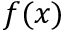
f ( x )